Annual statistical returns and brief notes on vaccination in Bengal - 1896-1909
Year: 1896
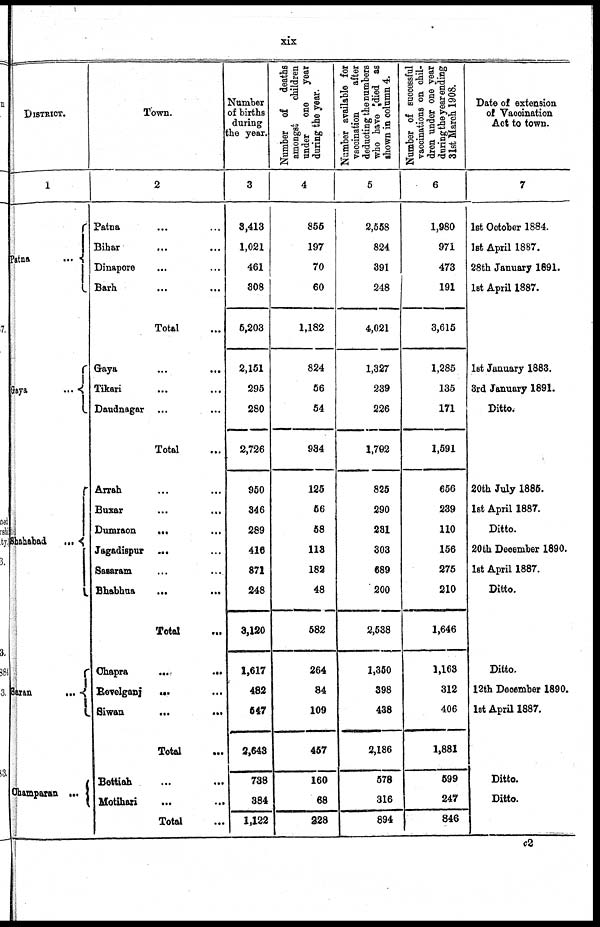
xix
DISTRICT.
1
Patna...
Gaya...
Shahabad...
...
Saran...
Champaran...
...
Town.
2
Patna... ...
Bihar...
...
Dinapore...
...
Barh...
...
Total... ...
Gaya... ...
Tikari... ...
Daudnagar... ...
Total...
Arrah... ...
Buxar... ...
Dumraon...
...
Jagadispur... ...
Sasaram... ...
Bhabhua...
...
Total...
Chapra... ...
Revelganj... ...
Siwan...
...
Total...
...
Bettiah...
...
Motihari...
...
Total...
Number
of births
during
the year.
3
3,413
1,021
461
308
5,203
2,151
295
280
2,726
950
346
289
416
871
248
3,120
1,617
482
547
2,643
738
384
1,122
Number of deaths
amongst
children
under
one
year
during the year.
4
855
197
70
60
1,182
824
56
54
934
125
56
58
113
182
48
582
264
84
109
457
160
68
228
Number available for
vaccination
after
deducting the numbers
who have died as
shown in column 4.
5
2,558
824
391
248
4,021
1,327
239
226
1,792
825
290
231
303
689
200
2,538
1,350
398
438
2,186
578
316
894
Number of successful
vaccinations on chil-
dren under one year
during the year ending
31st March 1908.
6
1,980
971
473
191
3,615
1,285
135
171
1,591
656
239
110
156
275
210
1,646
1,163
312
406
1,881
599
247
846
Date of extension
of Vaccination
Act to town.
7
1st October 1884.
1st April 1887.
28th January 1891.
1st April 1887.
1st January 1883.
3rd January 1891.
Ditto.
20th July 1885.
1st April 1887.
Ditto.
20th December 1890.
1st April 1887.
Ditto.
Ditto.
12th December 1890.
1st April 1887.
Ditto.
Ditto.
c2